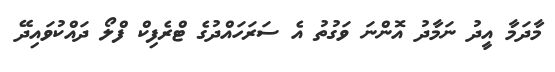
މާދަމާ އީދު ނަމާދު އޮންނަ ވަގުތު އެ ސަރަހައްދުގެ ޓްރެފިކް ފްލޯ ދައްކުވައިދޭ